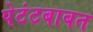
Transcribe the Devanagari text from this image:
पेटंटबाबत